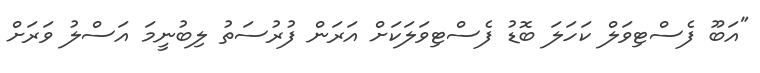
"އަބޫ ފެސްޓިވަލް ކަހަލަ ބޮޑު ފެސްޓިވަލަކަށް އަރަން ފުރުސަތު ލިބުނީމަ އަސްލު ވަރަށް